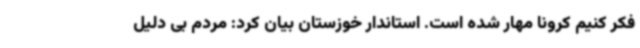
فکر کنیم کرونا مهار شده است. استاندار خوزستان بیان کرد: مردم بی دلیل